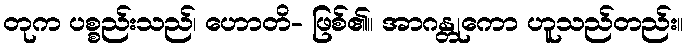
တုက ပစ္စည်းသည်၊ ဟောတိ- ဖြစ်၏။ အာဂန္တုကော ဟူသည်တည်း။